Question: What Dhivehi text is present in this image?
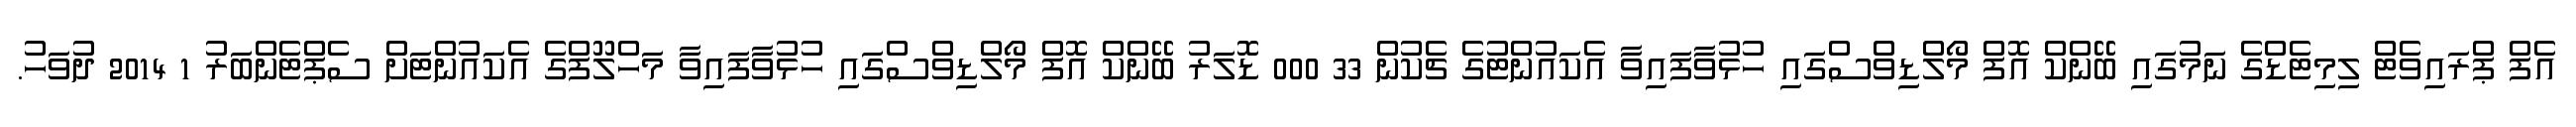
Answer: އެފް ޕްރައިވެޓް ލިމިޓެޑްގެ ނަމުގައި ބޭންކް އޮފް މޯލްޑިވްސްގައި ހުޅުވާފައިވާ އެކައުންޓުގެ ޗެކުން 33 000 ޑޮލަރު ބޭންކް އޮފް މޯލްޑިވްސްގައި ހުޅުވާފައިވާ މަހްލޫފްގެ އެކައުންޓަށް ސެޕްޓެންބަރު 1 2014 ދުވަހު.